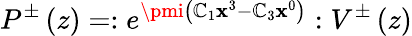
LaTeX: P^{\pm}\left(z\right)=:e^{\pmi\left(\mathbb{C}_{1}\mathbf{x}^{3}-\mathbb{C}_{3}\mathbf{x}^{0}\right)}:V^{\pm}\left(z\right)